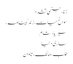
زنا، جنسی تشدد
سوانح حیات، زندگینامہ،
سیریا، شام
ساری دنیا
طلب، مانگ، تاوان